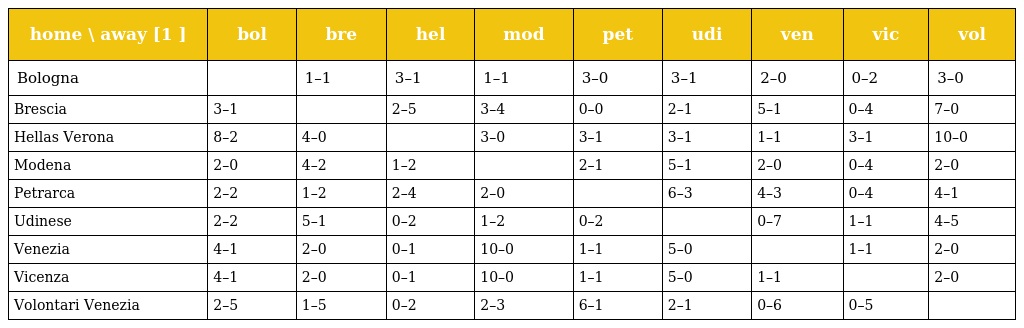
| home \ away [1 ] | bol | bre | hel | mod | pet | udi | ven | vic | vol |
 | --- | --- | --- | --- | --- | --- | --- | --- | --- | --- |
 | Bologna |  | 1–1 | 3–1 | 1–1 | 3–0 | 3–1 | 2–0 | 0–2 | 3–0 |
 | Brescia | 3–1 |  | 2–5 | 3–4 | 0–0 | 2–1 | 5–1 | 0–4 | 7–0 |
 | Hellas Verona | 8–2 | 4–0 |  | 3–0 | 3–1 | 3–1 | 1–1 | 3–1 | 10–0 |
 | Modena | 2–0 | 4–2 | 1–2 |  | 2–1 | 5–1 | 2–0 | 0–4 | 2–0 |
 | Petrarca | 2–2 | 1–2 | 2–4 | 2–0 |  | 6–3 | 4–3 | 0–4 | 4–1 |
 | Udinese | 2–2 | 5–1 | 0–2 | 1–2 | 0–2 |  | 0–7 | 1–1 | 4–5 |
 | Venezia | 4–1 | 2–0 | 0–1 | 10–0 | 1–1 | 5–0 |  | 1–1 | 2–0 |
 | Vicenza | 4–1 | 2–0 | 0–1 | 10–0 | 1–1 | 5–0 | 1–1 |  | 2–0 |
 | Volontari Venezia | 2–5 | 1–5 | 0–2 | 2–3 | 6–1 | 2–1 | 0–6 | 0–5 |  |